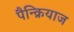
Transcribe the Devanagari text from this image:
पैन्क्रियाज